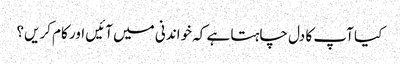
کیا آپ کا دل چاہتا ہے کہ خواندنی میں آئیں اور کام کریں؟